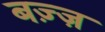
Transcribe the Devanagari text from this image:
बज़्ज़